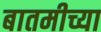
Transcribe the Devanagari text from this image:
बातमीच्या